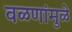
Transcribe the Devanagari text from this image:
वळणांमुळे